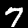
Label: 7